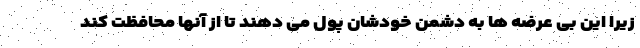
زیرا این بی عرضه ها به دشمن خودشان پول می دهند تا از آنها محافظت کند